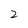
Character: 2